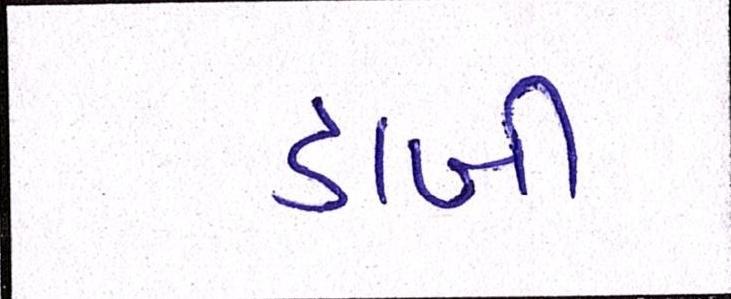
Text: ડાબી